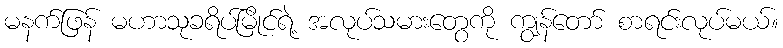
မနက်ဖြန် မဟာသုခရိပ်မြိုင်ရဲ့ အလုပ်သမားတွေကို ကျွန်တော် စာရင်းလုပ်မယ်။